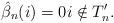
LaTeX: \begin{align*} \hat{\beta}_n(i) = 0 i \notin T'_n.\end{align*}